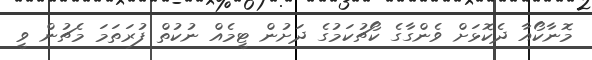
މޮނާކޯއާ ދެކޮޅަށް ވެންގާގެ ކޯޗުކަމުގެ ދަށުން ޓީމެއް ނުކުތް ފުރަތަމަ މެޗުން ވީ